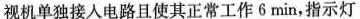
视机单独接人电路且使其正常工作6min，指示灯